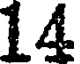
14